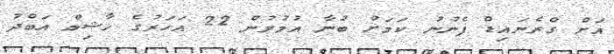
އަށް ގްރެނައިޑް ފެނުނު ކަމަށް ބުނާ އުމުރުން 22 އަހަރުގެ ހާޝިމް އަބްދު